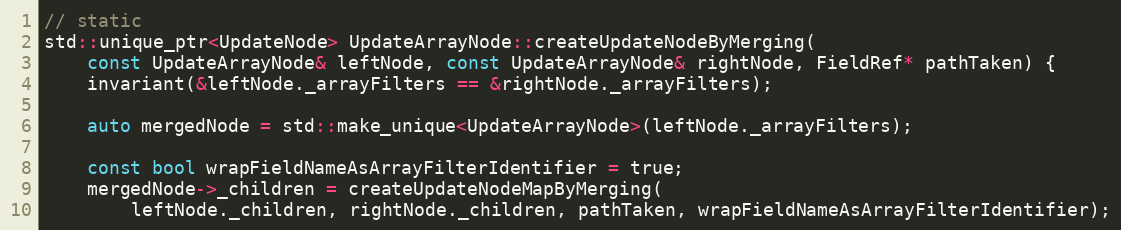
Language: C++
// static
std::unique_ptr<UpdateNode> UpdateArrayNode::createUpdateNodeByMerging(
    const UpdateArrayNode& leftNode, const UpdateArrayNode& rightNode, FieldRef* pathTaken) {
    invariant(&leftNode._arrayFilters == &rightNode._arrayFilters);

    auto mergedNode = std::make_unique<UpdateArrayNode>(leftNode._arrayFilters);

    const bool wrapFieldNameAsArrayFilterIdentifier = true;
    mergedNode->_children = createUpdateNodeMapByMerging(
        leftNode._children, rightNode._children, pathTaken, wrapFieldNameAsArrayFilterIdentifier);